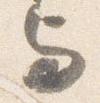
与